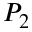
P _ { 2 }